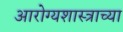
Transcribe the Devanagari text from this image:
आरोग्यशास्त्राच्या